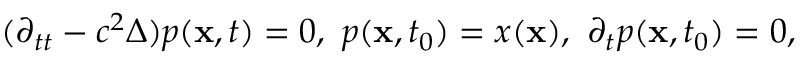
( \partial _ { t t } - c ^ { 2 } \Delta ) p ( \mathbf { x } , t ) = 0 , \, \, p ( \mathbf { x } , t _ { 0 } ) = x ( \mathbf { x } ) , \, \, \partial _ { t } p ( \mathbf { x } , t _ { 0 } ) = 0 ,